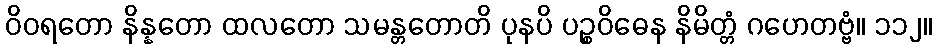
ဝိဝရတော နိန္နတော ထလတော သမန္တတောတိ ပုနပိ ပဉ္စဝိဓေန နိမိတ္တံ ဂဟေတဗ္ဗံ။ ၁၁၂။